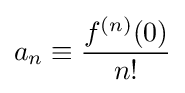
a_{n}\equiv {\frac {f^{(n)}(0)}{n!}}